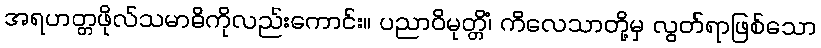
အရဟတ္တဖိုလ်သမာဓိကိုလည်းကောင်း။ ပညာဝိမုတ္တိံ၊ ကိလေသာတို့မှ လွတ်ရာဖြစ်သော